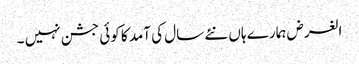
الغرض ہمارے ہاں نئے سال کی آمد کا کوئی جشن نہیں ۔